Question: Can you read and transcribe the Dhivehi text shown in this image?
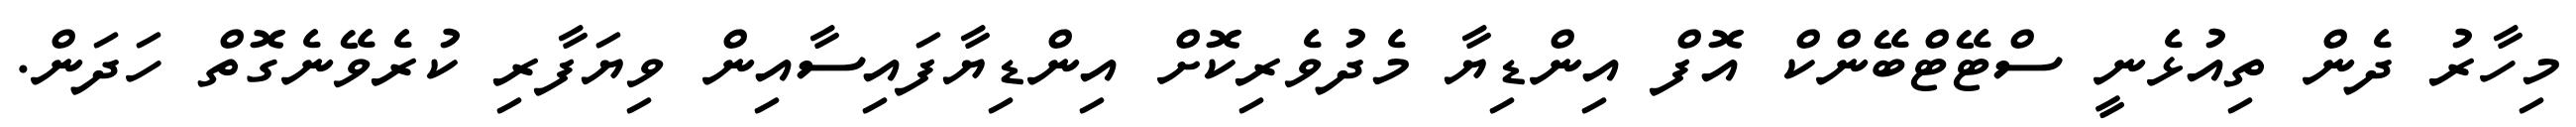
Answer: މިހާރު ދެން ތިއުޅެނީ ސްޓޭޓްބޭންކް އޮފް އިންޑިޔާ މެދުވެރިކޮށް އިންޑިޔާފައިސާއިން ވިޔަފާރި ކުރެވޭނެގޮތް ހަދަން.